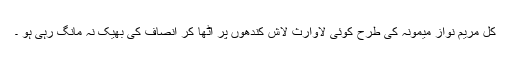
کل مریم نواز میمونہ کی طرح کوئی لاوارث لاش کندھوں پر اٹھا کر انصاف کی بھیک نہ مانگ رہی ہو ۔